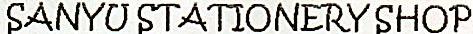
SANYU STATIONERY SHOP